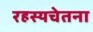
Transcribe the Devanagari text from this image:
रहस्यचेतना